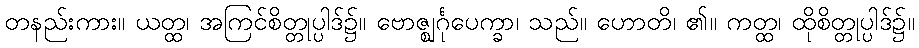
တနည်းကား။ ယတ္ထ၊ အကြင်စိတ္တုပ္ပါဒ်၌။ ဗောဇ္ဈင်္ဂုပေက္ခာ၊ သည်။ ဟောတိ၊ ၏။ ကတ္ထ၊ ထိုစိတ္တုပ္ပါဒ်၌။